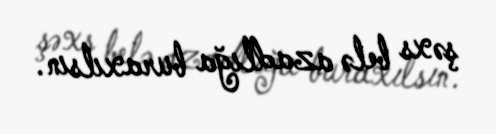
şəxs belə azadlığa buraxılsın.